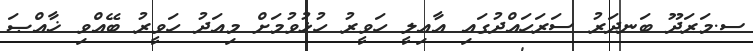
ސ.މަރަދޫ ބަނދަރު ސަރަހައްދުގައި އާއިލީ ހަވީރު ހުޅުވުމަށް މިއަދު ހަވީރު ބޭއްވި ޚާއްޞަ